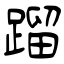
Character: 蹓